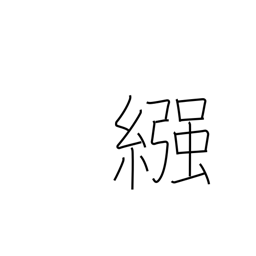
Meaning: nappy